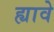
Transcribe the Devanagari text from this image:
ह्यावे